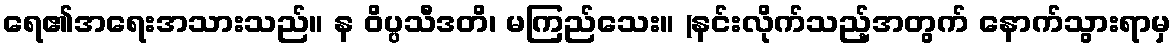
ရေ၏အရေးအသားသည်။ န ဝိပ္ပသီဒတိ၊ မကြည်သေး။ (နင်းလိုက်သည့်အတွက် နောက်သွားရာမှ